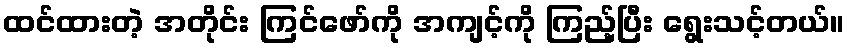
ထင်ထားတဲ့ အတိုင်း ကြင်ဖော်ကို အကျင့်ကို ကြည့်ပြီး ရွေးသင့်တယ်။